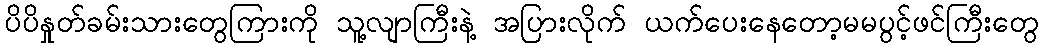
ပိပိနှုတ်ခမ်းသားတွေကြားကို သူ့လျာကြီးနဲ့ အပြားလိုက် ယက်ပေးနေတော့မမပွင့်ဖင်ကြီးတွေ